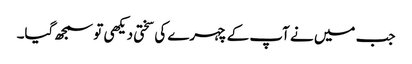
جب میں نے آپ کے چہرے کی سختی دیکھی تو سمجھ گیا۔